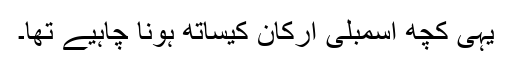
یہی کچھ اسمبلی ارکان کیساتھ ہونا چاہیے تھا۔